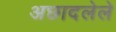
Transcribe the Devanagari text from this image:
अछादलेले